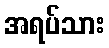
အရပ်သား